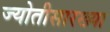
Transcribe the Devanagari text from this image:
ज्योतीसारख्या